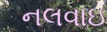
નલવાઇ